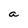
Character: a